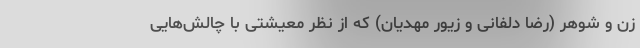
زن و شوهر (رضا دلفانی و زیور مهدیان) که از نظر معیشتی با چالش‌هایی